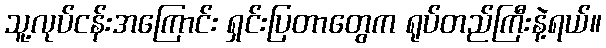
သူ့လုပ်ငန်းအကြောင်း ရှင်းပြတာတွေက ရုပ်တည်ကြီးနဲ့ရယ်။